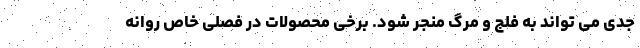
جدی می تواند به فلج و مرگ منجر شود. برخی محصولات در فصلی خاص روانه